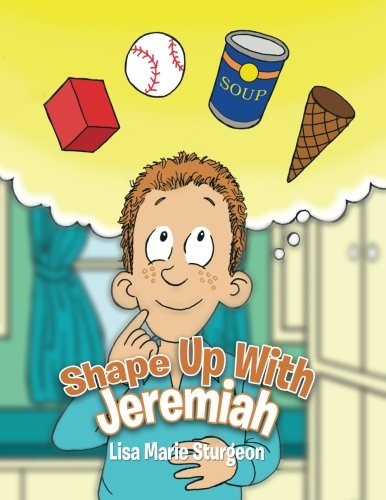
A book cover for Shape Up With Jeremiah; Lisa Marie Sturgeon; Arts & Photography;